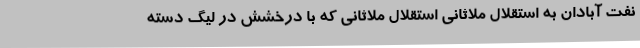
نفت آبادان به استقلال ملاثانی استقلال ملاثانی که با درخشش در لیگ دسته